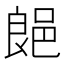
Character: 郒